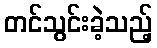
တင်သွင်းခဲ့သည့်